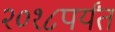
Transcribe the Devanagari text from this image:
२०१८पर्यंत